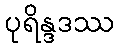
ပုရိန္ဒဒဿ